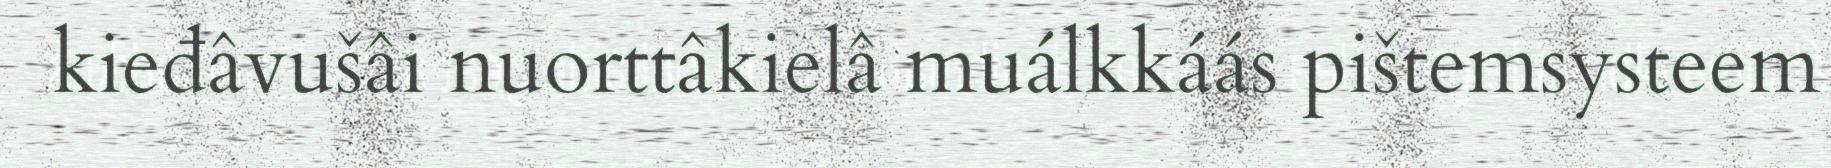
kieđâvušâi nuorttâkielâ muálkkáás pištemsysteem